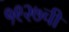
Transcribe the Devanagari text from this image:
१९२७ची